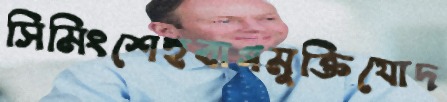
সিমিংশেহবাগমুক্তিযোদ